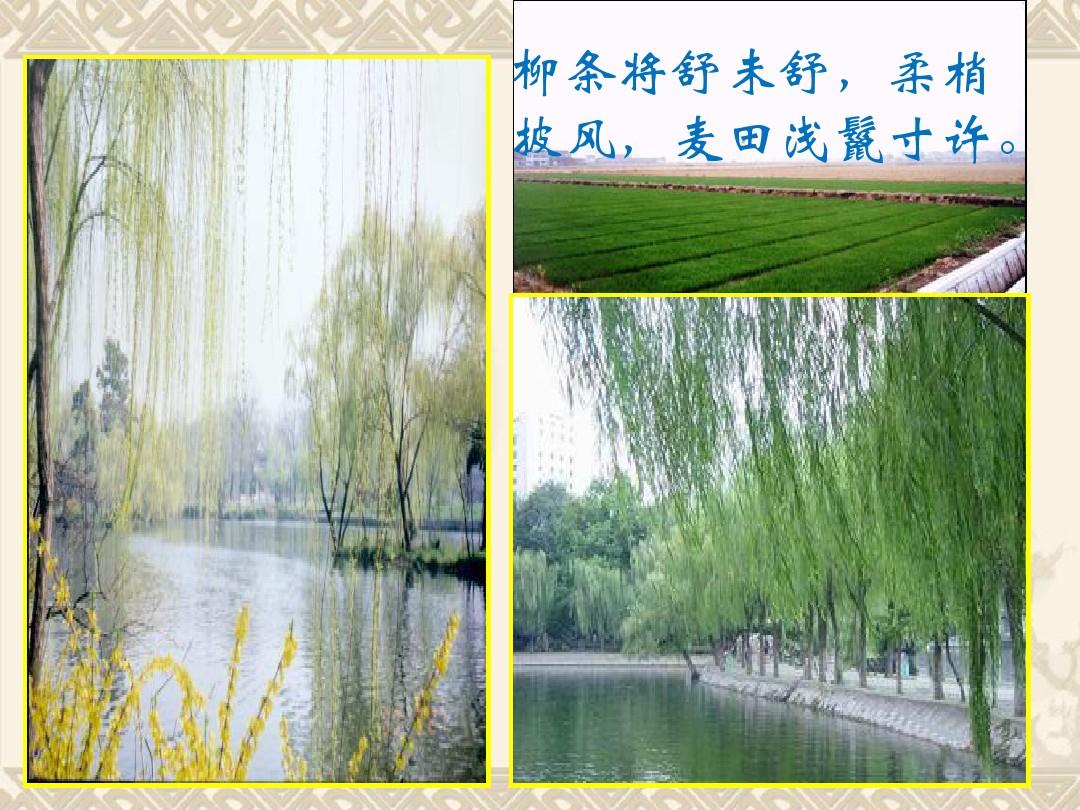
柳条将舒未舒，柔梢披风，麦田浅鬣寸许。